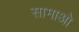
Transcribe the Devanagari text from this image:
सामाओ